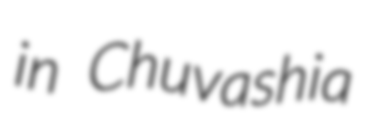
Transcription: in Chuvashia